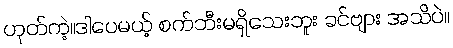
ဟုတ်ကဲ့။ဒါပေမယ့် စက်ဘီးမရှိသေးဘူး ခင်ဗျား အသိပဲ။